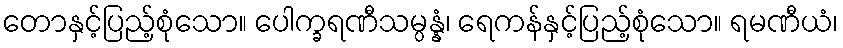
တောနှင့်ပြည့်စုံသော။ ပေါက္ခရဏီသမ္ပန္နံ၊ ရေကန်နှင့်ပြည့်စုံသော။ ရမဏီယံ၊